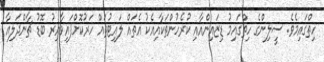
ހިތްގައިމެވެ. ސީލިންގެ ހިތްގައިމު ޑިޒައިންއާއި ކުރެހުންތަކާއިއެކު އެތައް ލައިޓުތައް ހަރުކޮށްފައިވާއިރު ބޮޑު ޗާންދަލިއާ